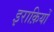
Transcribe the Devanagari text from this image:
इराक़ियों